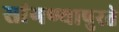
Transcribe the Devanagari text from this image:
सांगण्यापुरते